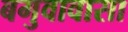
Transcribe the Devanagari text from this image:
बगुवावासा